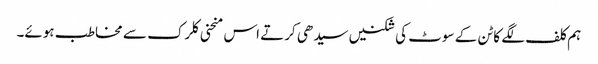
ہم کلف لگے کاٹن کے سوٹ کی شکنیں سیدھی کرتے اس منحنی کلرک سے مخاطب ہوئے۔